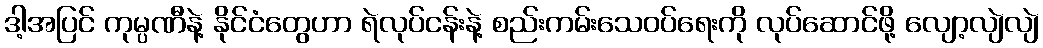
ဒါ့အပြင် ကုမ္ပဏီနဲ့ နိုင်ငံတွေဟာ ရဲလုပ်ငန်းနဲ့ စည်းကမ်းသေဝပ်ရေးကို လုပ်ဆောင်ဖို့ လျော့လျဲလျဲ